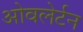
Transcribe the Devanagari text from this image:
ओवलेर्टन